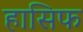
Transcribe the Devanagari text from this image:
हासिफ